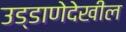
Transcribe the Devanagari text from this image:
उड्डाणेदेखील